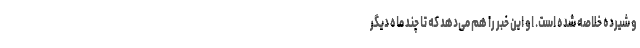
و شیرده خلاصه شده است. او این خبر را هم می‌دهد که تا چند ماه دیگر